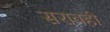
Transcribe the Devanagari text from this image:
सरावही